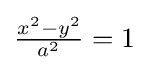
{\tfrac {x^{2}-y^{2}}{a^{2}}}=1